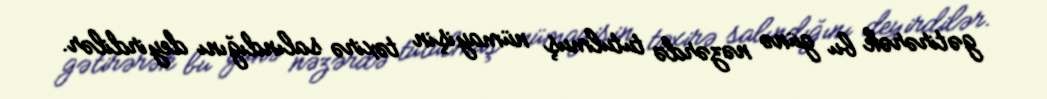
gətirərək bu günə nəzərdə tutulmuş nümayişin təxirə salındığını deyirdilər.